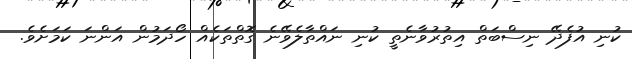
ކުނި އުފެދޭ ނިސްބަތް އިތުރުވާނެތީ ކުނި ނައްތާލެވޭނެ ގޮތްތަކެއް ހޯދަމުން އަންނަ ކަމަށެވެ.